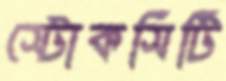
স্টোকসিটি